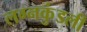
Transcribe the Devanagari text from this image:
लग्नकुंडली